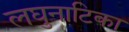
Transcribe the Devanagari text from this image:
लघुनाटिका